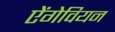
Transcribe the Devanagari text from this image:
ऐंगेवियन